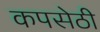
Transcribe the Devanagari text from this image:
कपसेठी